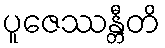
ပူဇေဿန္တီတိ